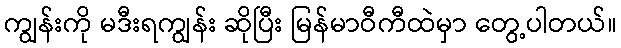
ကျွန်းကို မဒီးရကျွန်း ဆိုပြီး မြန်မာဝီကီထဲမှာ တွေ့ပါတယ်။